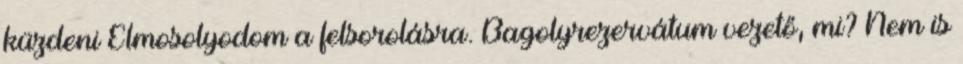
küzdeni Elmosolyodom a felsorolásra. Bagolyrezervátum vezető, mi? Nem is